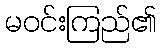
မဝင်းကြည်၏